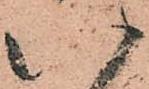
八